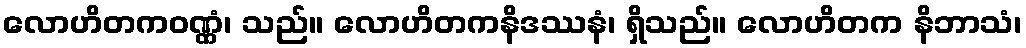
လောဟိတကဝဏ္ဏံ၊ သည်။ လောဟိတကနိဒဿနံ၊ ရှိသည်။ လောဟိတက နိဘာသံ၊